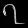
Digit: ၇